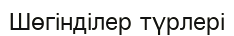
Шөгінділер түрлері